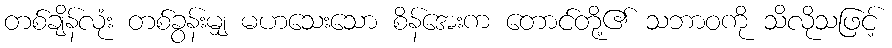
တစ်ချိန်လုံး တစ်ခွန်းမျှ မဟသေးသော စိန်အေးက တောင်တို့၏ သဘာဝကို သိလိုသဖြင့်